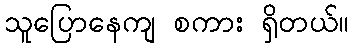
သူပြောနေကျ စကား ရှိတယ်။